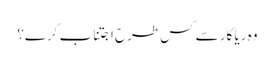
وہ ریا کار سے کس طرح اجتناب کرے؟